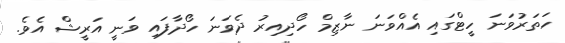
ހަތަރުވަނަ ހީޓްގައި އެއްވަނަ ނާޒިމް ހޯދިއިރު ދެވަނަ ހޯދާފައި ވަނީ އަރީޝް އެވެ.